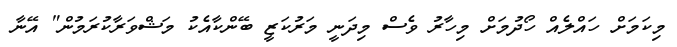
މިކަމަށް ހައްލެއް ހޯދުމަށް މިހާރު ވެސް މިދަނީ މަރުކަޒީ ބޭންކާއެކު މަޝްވަރާކުރަމުން" އޭނާ